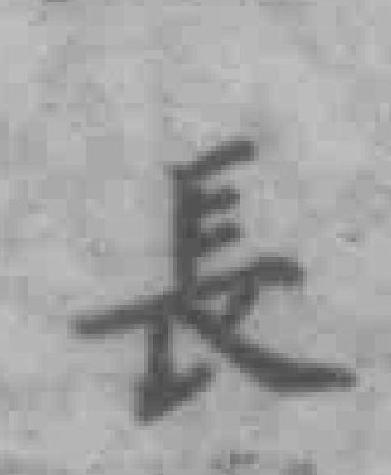
長